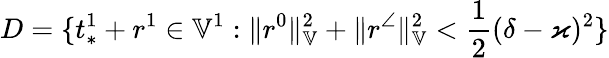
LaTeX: D=\{ t_{*}^{1}+r^{1}\in\mathbb{V}^{1}:\| r^{0}\| _{\mathbb{V}}^{2}+\| r^{\angle}\| _{\mathbb{V}}^{2}<\frac{1}{2}(\delta-\varkappa)^{2}\}